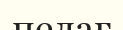
пелаг